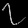
Digit: ၇